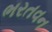
ભરતવન